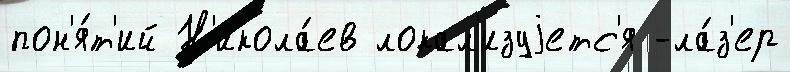
пон'я́т'ий Н'икола́ев локал'изуjетс'я -ла́з'ер